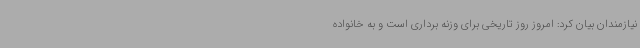
نیازمندان بیان کرد: امروز روز تاریخی برای وزنه برداری است و به خانواده